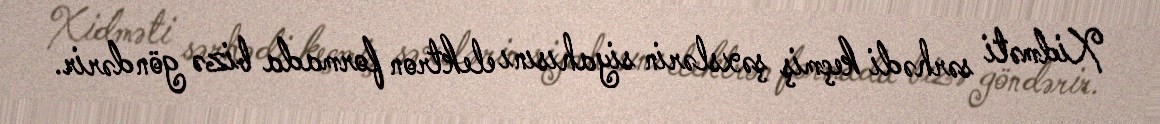
Xidməti sərhədi keçmiş şəxslərin siyahısını elektron formada bizə göndərir.